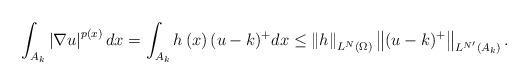
LaTeX: \begin{align*}\int_{A_{k}}\left\vert \nabla u\right\vert ^{p(x)}dx=\int_{A_{k}}h\left(x\right) (u-k)^{+}dx\leq \left\Vert h\right\Vert _{L^{N}(\Omega )}\left\Vert(u-k)^{+}\right\Vert _{L^{N^{\prime }}(A_{k})}. \end{align*}